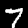
Digit: 7